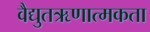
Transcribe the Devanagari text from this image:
वैद्युतऋणात्मकता